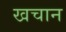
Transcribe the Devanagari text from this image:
खचान